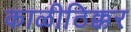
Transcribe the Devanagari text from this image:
काळीठिक्कर